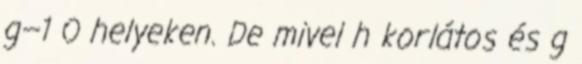
g−1 0 helyeken. De mivel h korlátos és g